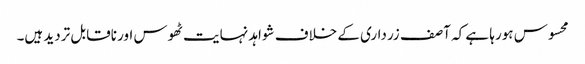
محسوس ہورہا ہے کہ آصف زرداری کے خلاف شواہد نہایت ٹھوس اور ناقابل تردید ہیں۔